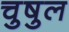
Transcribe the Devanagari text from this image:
चुषुल